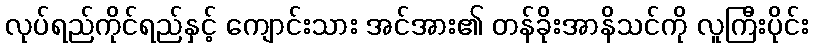
လုပ်ရည်ကိုင်ရည်နှင့် ကျောင်းသား အင်အား၏ တန်ခိုးအာနိသင်ကို လူကြီးပိုင်း